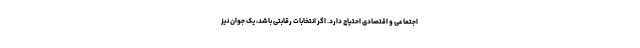
اجتماعی و اقتصادی احتیاج دارد. اگر انتخابات رقابتی باشد، یک جوان نیز